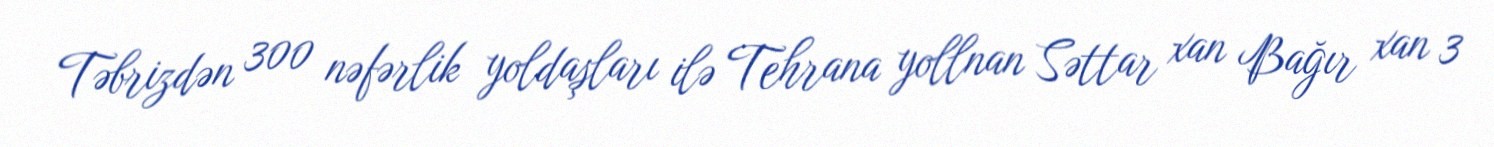
Təbrizdən 300 nəfərlik yoldaşları ilə Tehrana yollnan Səttar xan Bağır xan 3